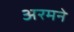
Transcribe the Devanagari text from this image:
अरमने